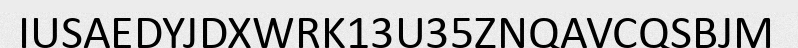
IUSAEDYJDXWRK13U35ZNQAVCQSBJM